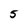
Character: 5